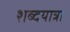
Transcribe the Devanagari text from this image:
शब्दयात्रा